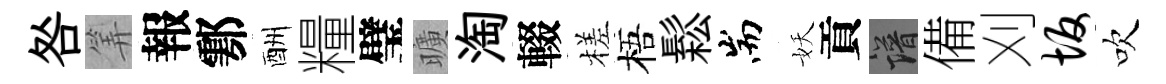
咎筭報鄠酬糧璧曠淘輟槎梧鬆耑妖貢譜備刈坂吹